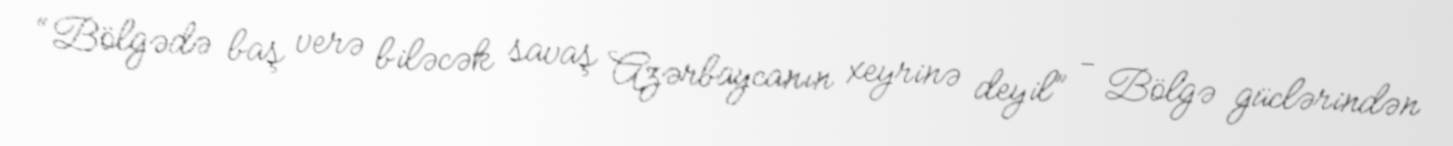
“Bölgədə baş verə biləcək savaş Azərbaycanın xeyrinə deyil” - Bölgə güclərindən